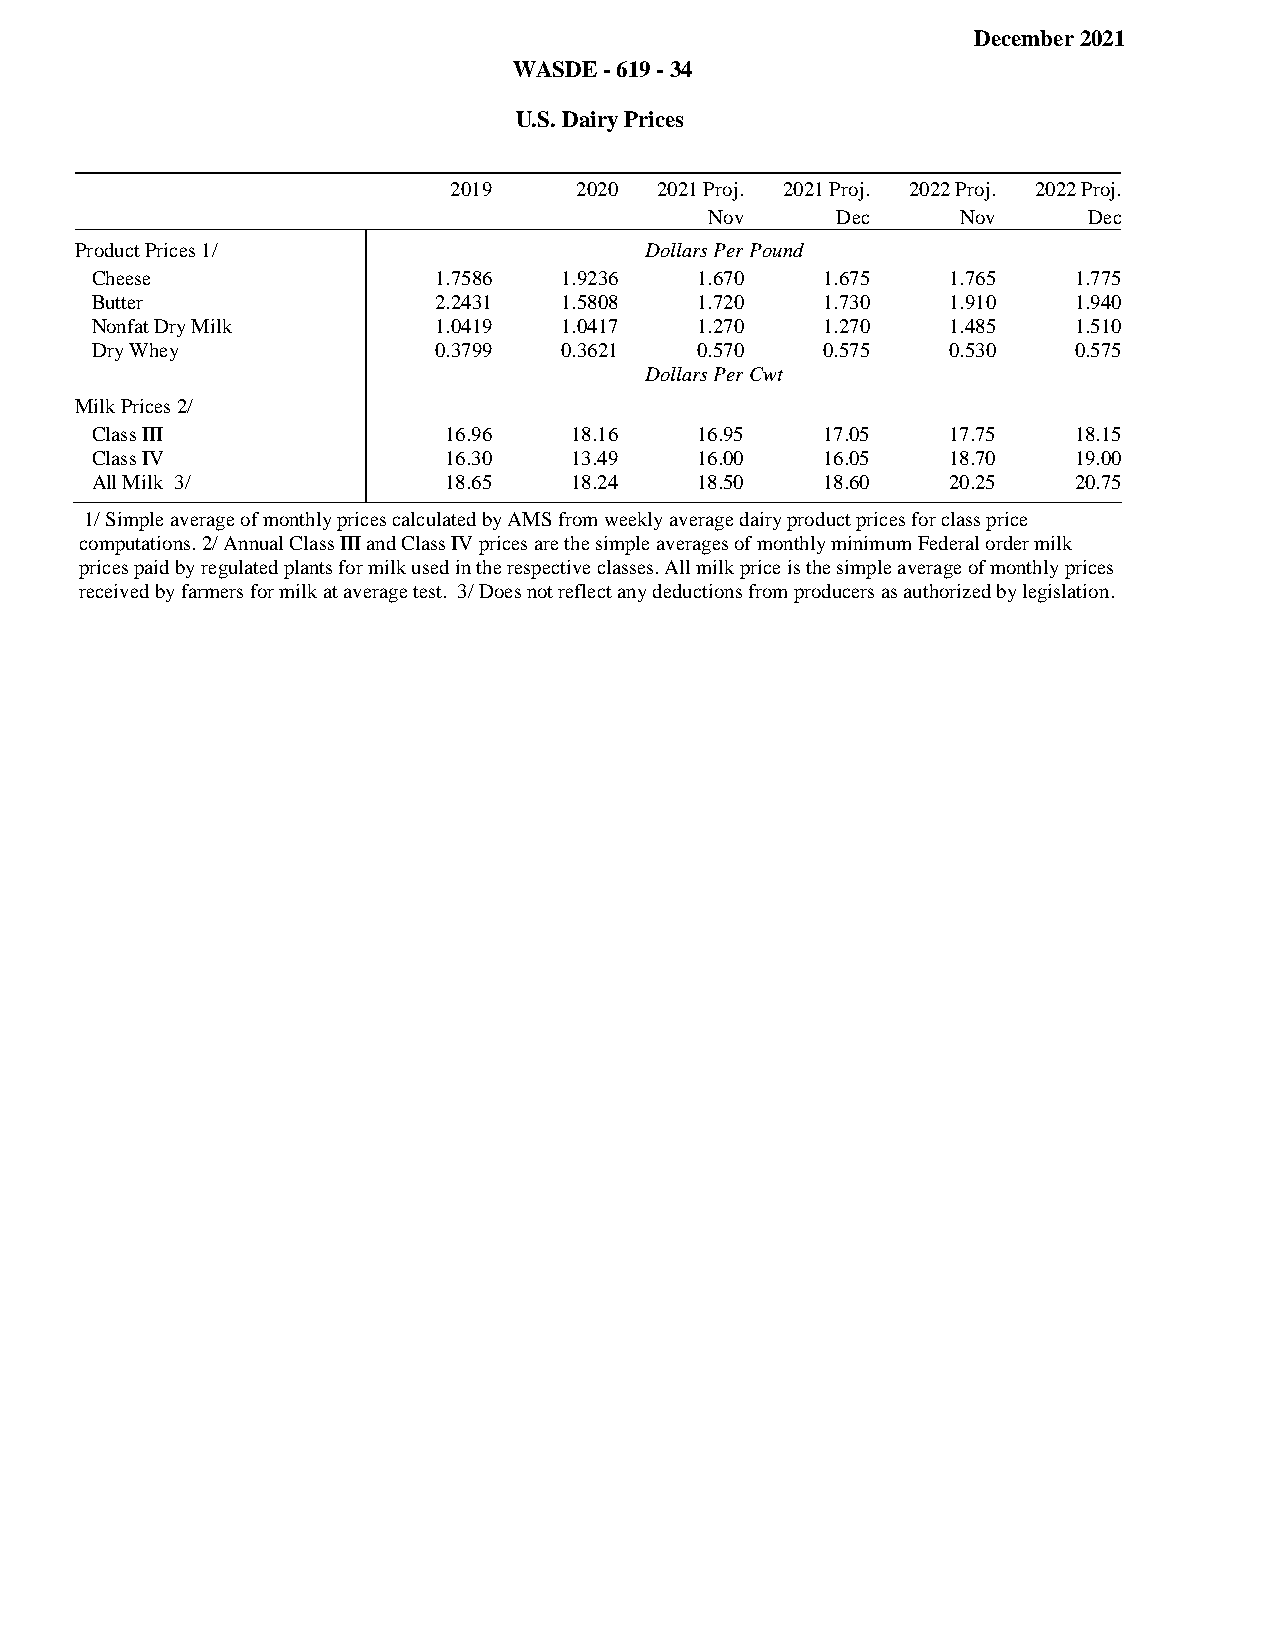
December 2021
 WASDE - 619 - 34
 U.S. Dairy Prices
 2019    2020 2021 Proj. 2021 Proj. 2022 Proj. 2022 Proj.
 Commodity
 Nov     Dec      Nov     Dec
 Product Prices 1/                     Dollars Per Pound
 Cheese                 1.7586  1.9236   1.670   1.675    1.765   1.775
 Butter                 2.2431  1.5808   1.720   1.730    1.910   1.940
 Nonfat Dry Milk        1.0419  1.0417   1.270   1.270    1.485   1.510
 Dry Whey               0.3799  0.3621   0.570   0.575    0.530   0.575
 Filler                                Dollars Per Cwt
 Milk Prices 2/
 Class III              16.96    18.16   16.95   17.05    17.75   18.15
 Class IV               16.30    13.49   16.00   16.05    18.70   19.00
 All Milk 3/            18.65    18.24   18.50   18.60    20.25   20.75
 1/ Simple average of monthly prices calculated by AMS from weekly average dairy product prices for class price
 computations. 2/ Annual Class III and Class IV prices are the simple averages of monthly minimum Federal order milk
 prices paid by regulated plants for milk used in the respective classes. All milk price is the simple average of monthly prices
 received by farmers for milk at average test. 3/ Does not reflect any deductions from producers as authorized by legislation.